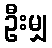
ဦးမျှ